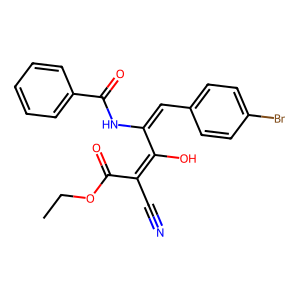
SMILES: CCOC(=O)C(C#N)=C(O)C(=Cc1ccc(Br)cc1)NC(=O)c1ccccc1
Inhibits HIV replication: No